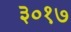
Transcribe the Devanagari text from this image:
३०१७